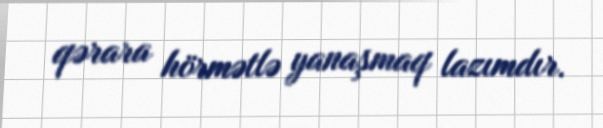
qərara hörmətlə yanaşmaq lazımdır.